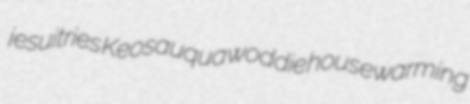
jesuitries Keosauqua woddie housewarming